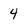
Character: 4